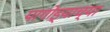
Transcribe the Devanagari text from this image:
पागोड्याच्या